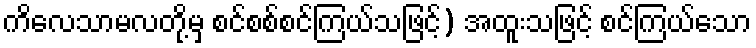
ကိလေသာမလတို့မှ စင်စစ်စင်ကြယ်သဖြင့်) အထူးသဖြင့် စင်ကြယ်သော